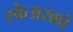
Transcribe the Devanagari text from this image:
स्केअरक्रो